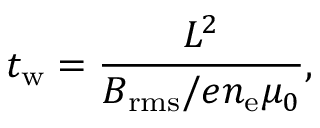
t _ { \mathrm { w } } = \frac { L ^ { 2 } } { B _ { \mathrm { r m s } } / e n _ { \mathrm { e } } \mu _ { 0 } } ,